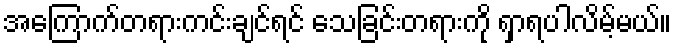
အကြောက်တရားကင်းချင်ရင် သေခြင်းတရားကို ရှာရပါလိမ့်မယ်။